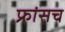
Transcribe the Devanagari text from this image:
फ्रांसच